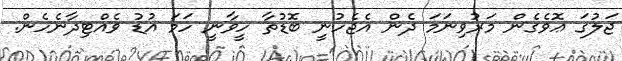
ޖަލުގަ ޢޮވެގެން މަރުވިނަމަ ދެން އެޖެހުނީ ބޮޑުތާ ހީވާނީ ހަމަ އުޑު ވެއްޓިދާނެހެން.